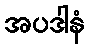
အပဒါနံ